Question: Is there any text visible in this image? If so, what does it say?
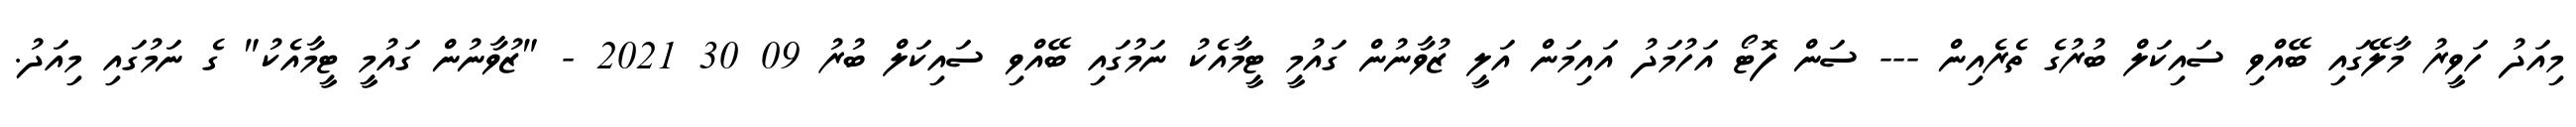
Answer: މިއަދު ހަވީރު މާލޭގައި ބޭއްވި ސައިކަލް ބުރުގެ ތެރެއިން --- ސަން ފޮޓޯ އަހުމަދު އައިމަން އަލީ ޒުވާނުން ގައުމީ ޓީމާއެކު ނަމުގައި ބޭއްވި ސައިކަލް ބުރު 09 30 2021 - "ޒުވާނުން ގައުމީ ޓީމާއެކު" ގެ ނަމުގައި މިއަދު.